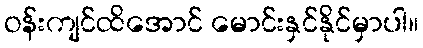
ဝန်းကျင်ထိအောင် မောင်းနှင်နိုင်မှာပါ။